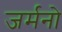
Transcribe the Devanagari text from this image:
जर्मनो